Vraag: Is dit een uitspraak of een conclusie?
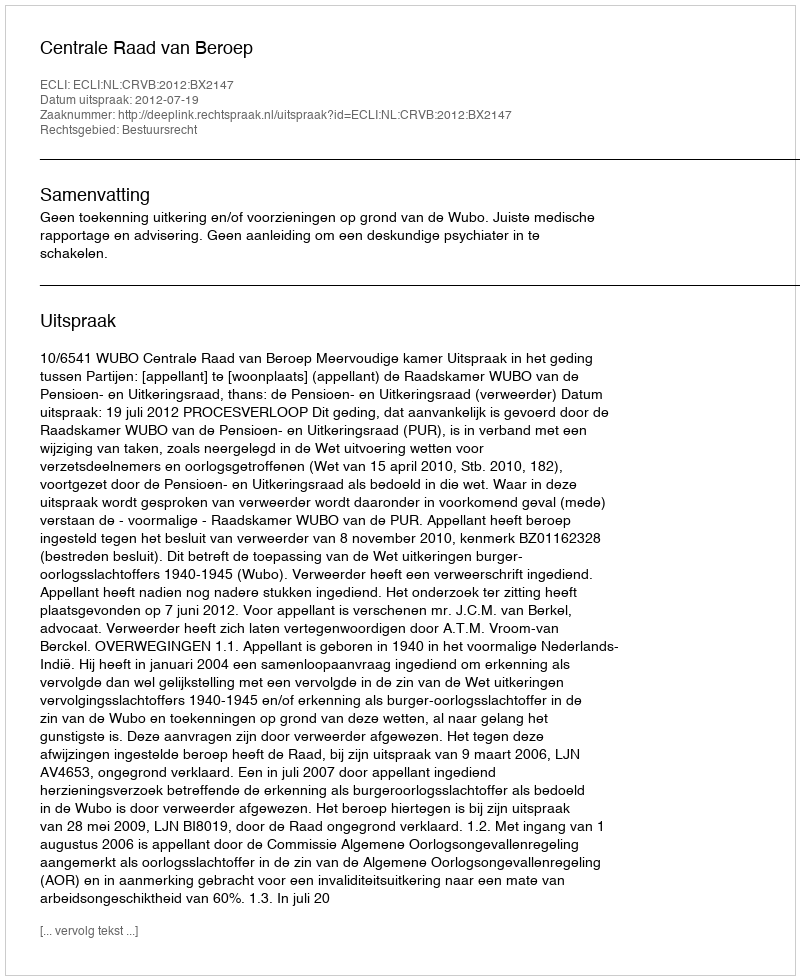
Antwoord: Uitspraak